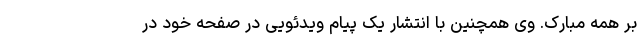
بر همه مبارک. وی همچنین با انتشار یک پیام ویدئویی در صفحه خود در